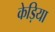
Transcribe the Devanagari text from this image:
केड़िया